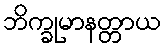
ဘိက္ခုမာနတ္တာယ